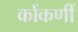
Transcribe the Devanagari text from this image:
कोंकणीं